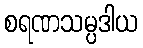
စရဏသမ္ပဒါယ